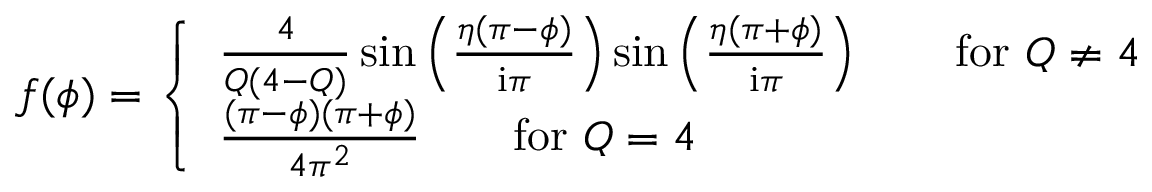
f ( \phi ) = \left\{ \begin{array} { l l } { \frac { 4 } { Q ( 4 - Q ) } \sin \left( \frac { \eta ( \pi - \phi ) } { \mathrm { i } \pi } \right) \sin \left( \frac { \eta ( \pi + \phi ) } { \mathrm { i } \pi } \right) \qquad \mathrm { f o r } ~ Q \neq 4 } \\ { \frac { ( \pi - \phi ) ( \pi + \phi ) } { 4 \pi ^ { 2 } } \qquad \mathrm { f o r } ~ Q = 4 } \end{array} \right.